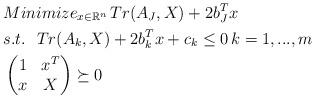
LaTeX: \begin{align*} & Minimize_{ x\in \mathbb{R}^n}\, Tr(A_J,X)+2b_J^Tx\\ &s.t.\ \ Tr(A_k,X)+2b_k^Tx+c_k\le0\,k=1,...,m\\ &\begin{pmatrix}1&x^T\\x&X\end{pmatrix}\succeq0 \end{align*}